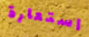
استعارة